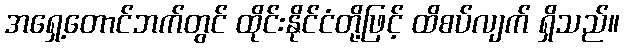
အရှေ့တောင်ဘက်တွင် ထိုင်းနိုင်ငံတို့ဖြင့် ထိစပ်လျက် ရှိသည်။